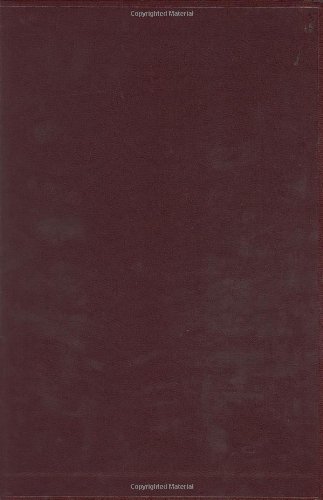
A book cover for HarperCollins Study Bible: New Revised Standard Version (with the Apocryphal/Deuterocanonical Books); Wayne A. Meeks; Christian Books & Bibles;